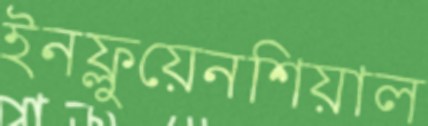
ইনফ্লুয়েনশিয়াল